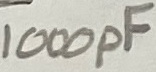
Text: 1000pF